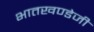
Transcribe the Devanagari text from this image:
भातखण्डेजी